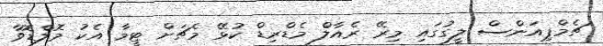
ޗެމްޕިއަންސް ލީގުގައި މިރޭ ރެއާލް މެޑްރިޑް ކުޅޭ މެޗަށް ޓީމާ އެކު މޮލްޑޮވާ